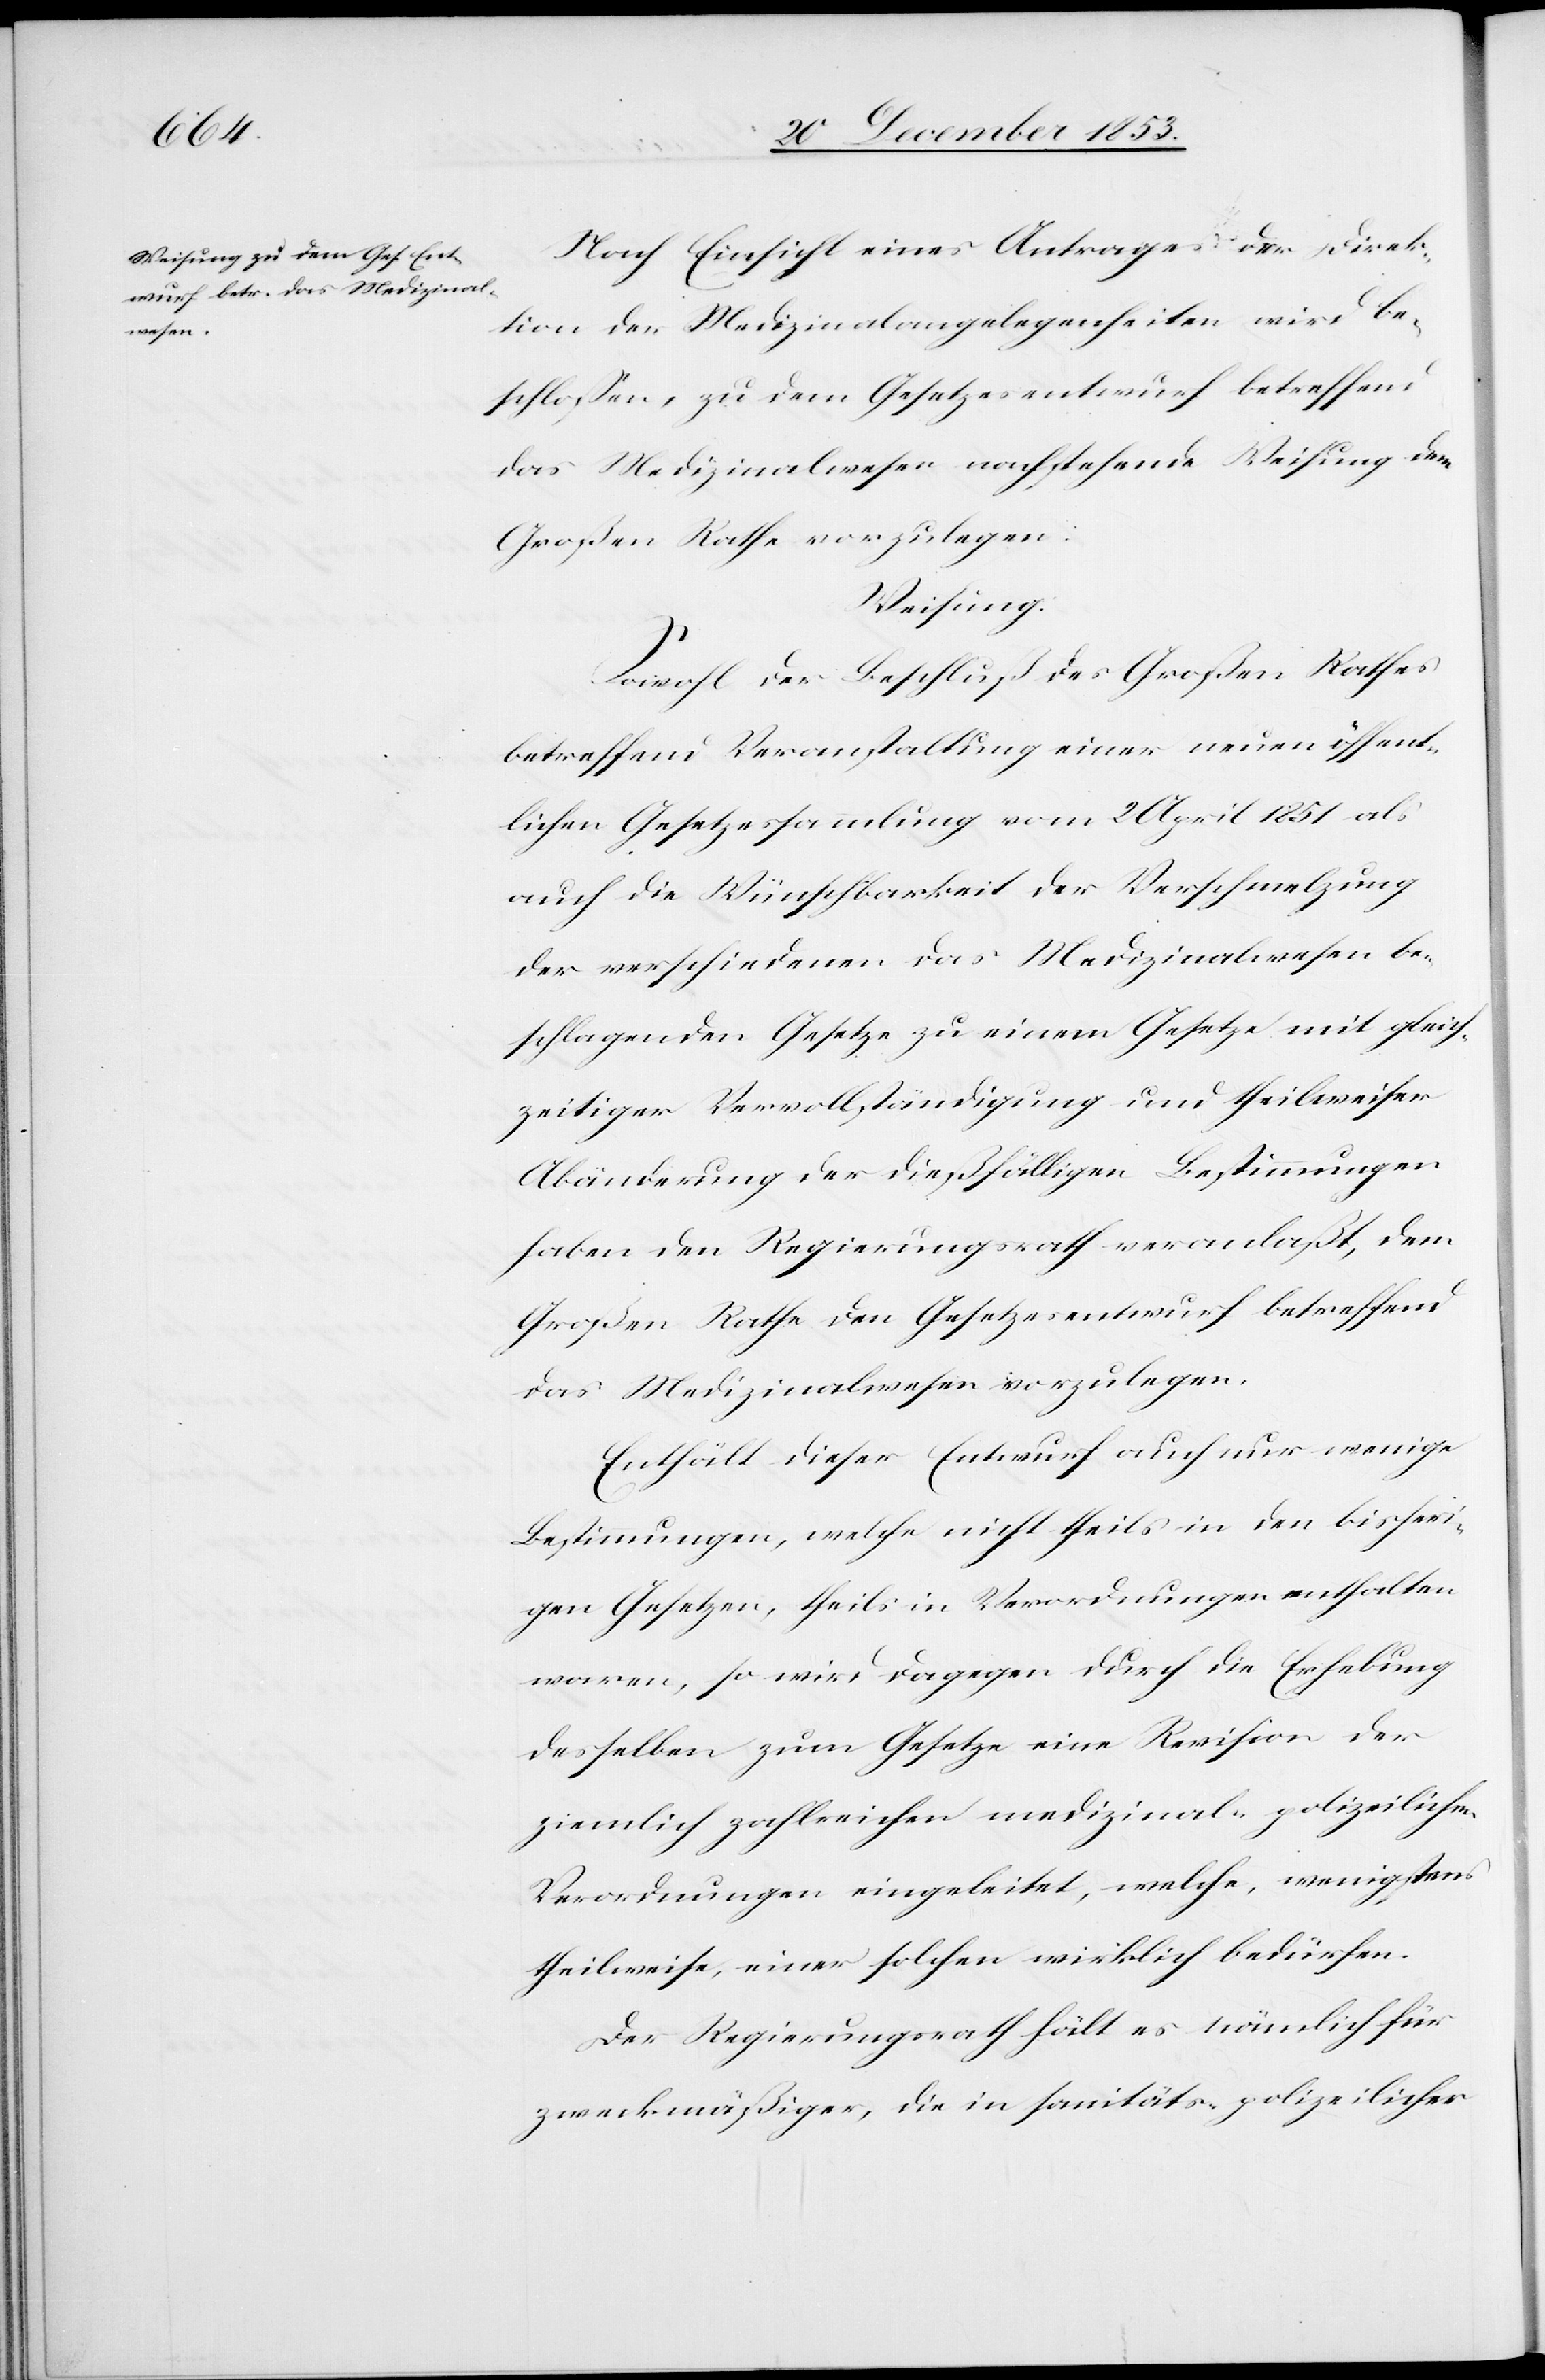
Nach Einsicht eines Antrages der Direk¬
tion der Medizinalangelegenheiten wird be¬
schloßen, zu dem Gesetzesentwurf betreffend
das Medizinalwesen nachstehende Weisung dem
Großen Rathe vorzulegen:
Weisung:
Sowohl der Beschluß des Großen Rathes
betreffend Veranlaßung einer neuen öffent¬
lichen Gesetzessammlung vom 2 April 1851 als
auch die Wünschbarkeit der Verschmelzung
der verschiedenen das Medizinalwesen be¬
schlagenden Gesetze zu einem Gesetze mit gleich¬
zeitiger Vervollständigung und theilweiser
Abänderung der dießfälligen Bestimmungen
haben den Regierungsrath veranlaßt, dem
Großen Rathe den Gesetzesentwurf betreffend
das Medizinalwesen vorzulegen.
Enthält dieser Entwurf auch nur wenige
Bestimmungen, welche nicht theils in den bisheri¬
gen Gesetzen, theils in Verordnungen enthalten
waren, so wird dagegen durch die Erhebung
desselben zum Gesetze eine Revision der
ziemlich zahlreichen medizinal-polizeilichen
Verordnungen eingeleitet, welche, wenigstens
theilsweise, einer solchen wirklich bedürfen.
Der Regierungsrath hält es nämlich für
zweckmäßiger, die in sanitäts-polizeilicher